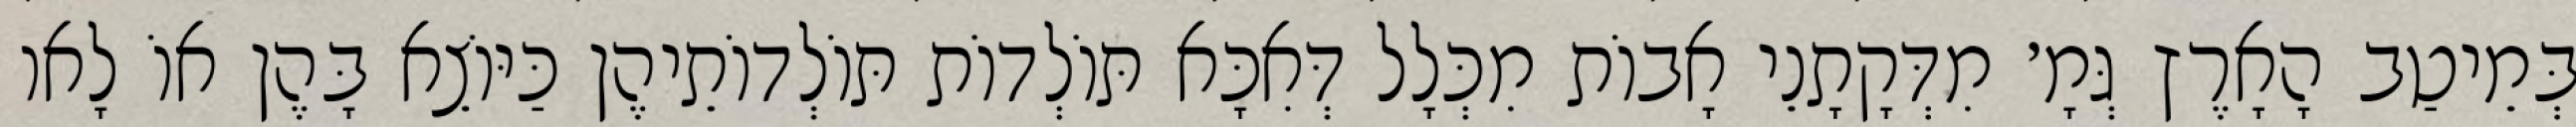
בְּמֵיטַב הָאָרֶץ גְּמָ׳ מִדְּקָתָנֵי אָבוֹת מִכְּלָל דְּאִכָּא תּוֹלְדוֹת תּוֹלְדוֹתֵיהֶן כַּיּוֹצֵא בָּהֶן אוֹ לָאו